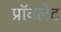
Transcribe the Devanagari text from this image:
प्रॉवलेंट